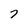
Character: 7